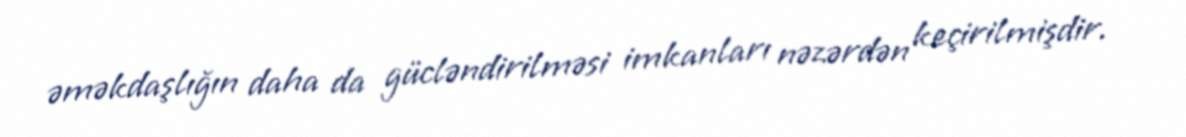
əməkdaşlığın daha da gücləndirilməsi imkanları nəzərdən keçirilmişdir.